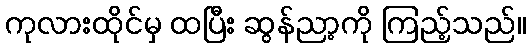
ကုလားထိုင်မှ ထပြီး ဆွန်ညာ့ကို ကြည့်သည်။